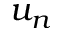
u _ { n }